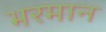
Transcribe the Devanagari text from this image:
भरमान